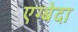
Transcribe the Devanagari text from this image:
एग्बेदा